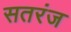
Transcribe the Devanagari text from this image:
सतरंज